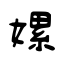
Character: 嫘